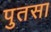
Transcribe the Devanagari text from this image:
पुतसा